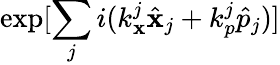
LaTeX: \exp[{\sum_{j}i(k_{\mathbf{x}}^{j}\hat{{\mathbf{x}}}_{j}+k_{p}^{j}\hat{{p}}_{j}})]